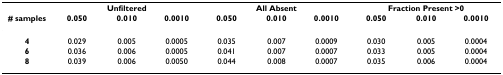
|  | <COLSPAN=3> Unfiltered | <COLSPAN=3> All Absent | <COLSPAN=3> Fraction Present >0 |
 | # samples | 0.050 | 0.010 | 0.0010 | 0.050 | 0.010 | 0.0010 | 0.050 | 0.010 | 0.0010 |
 | --- | --- | --- | --- | --- | --- | --- | --- | --- | --- |
 | 4 | 0.029 | 0.005 | 0.0005 | 0.035 | 0.007 | 0.0009 | 0.030 | 0.005 | 0.0004 |
 | 6 | 0.036 | 0.006 | 0.0005 | 0.041 | 0.007 | 0.0007 | 0.033 | 0.005 | 0.0004 |
 | 8 | 0.039 | 0.006 | 0.0050 | 0.044 | 0.008 | 0.0007 | 0.035 | 0.006 | 0.0004 |